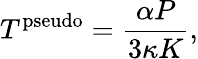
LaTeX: T^{\mathrm{pseudo}}=\frac{\alpha P}{3\kappa K},